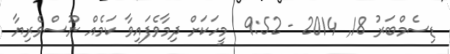
ޑިސެމްބަރު 18